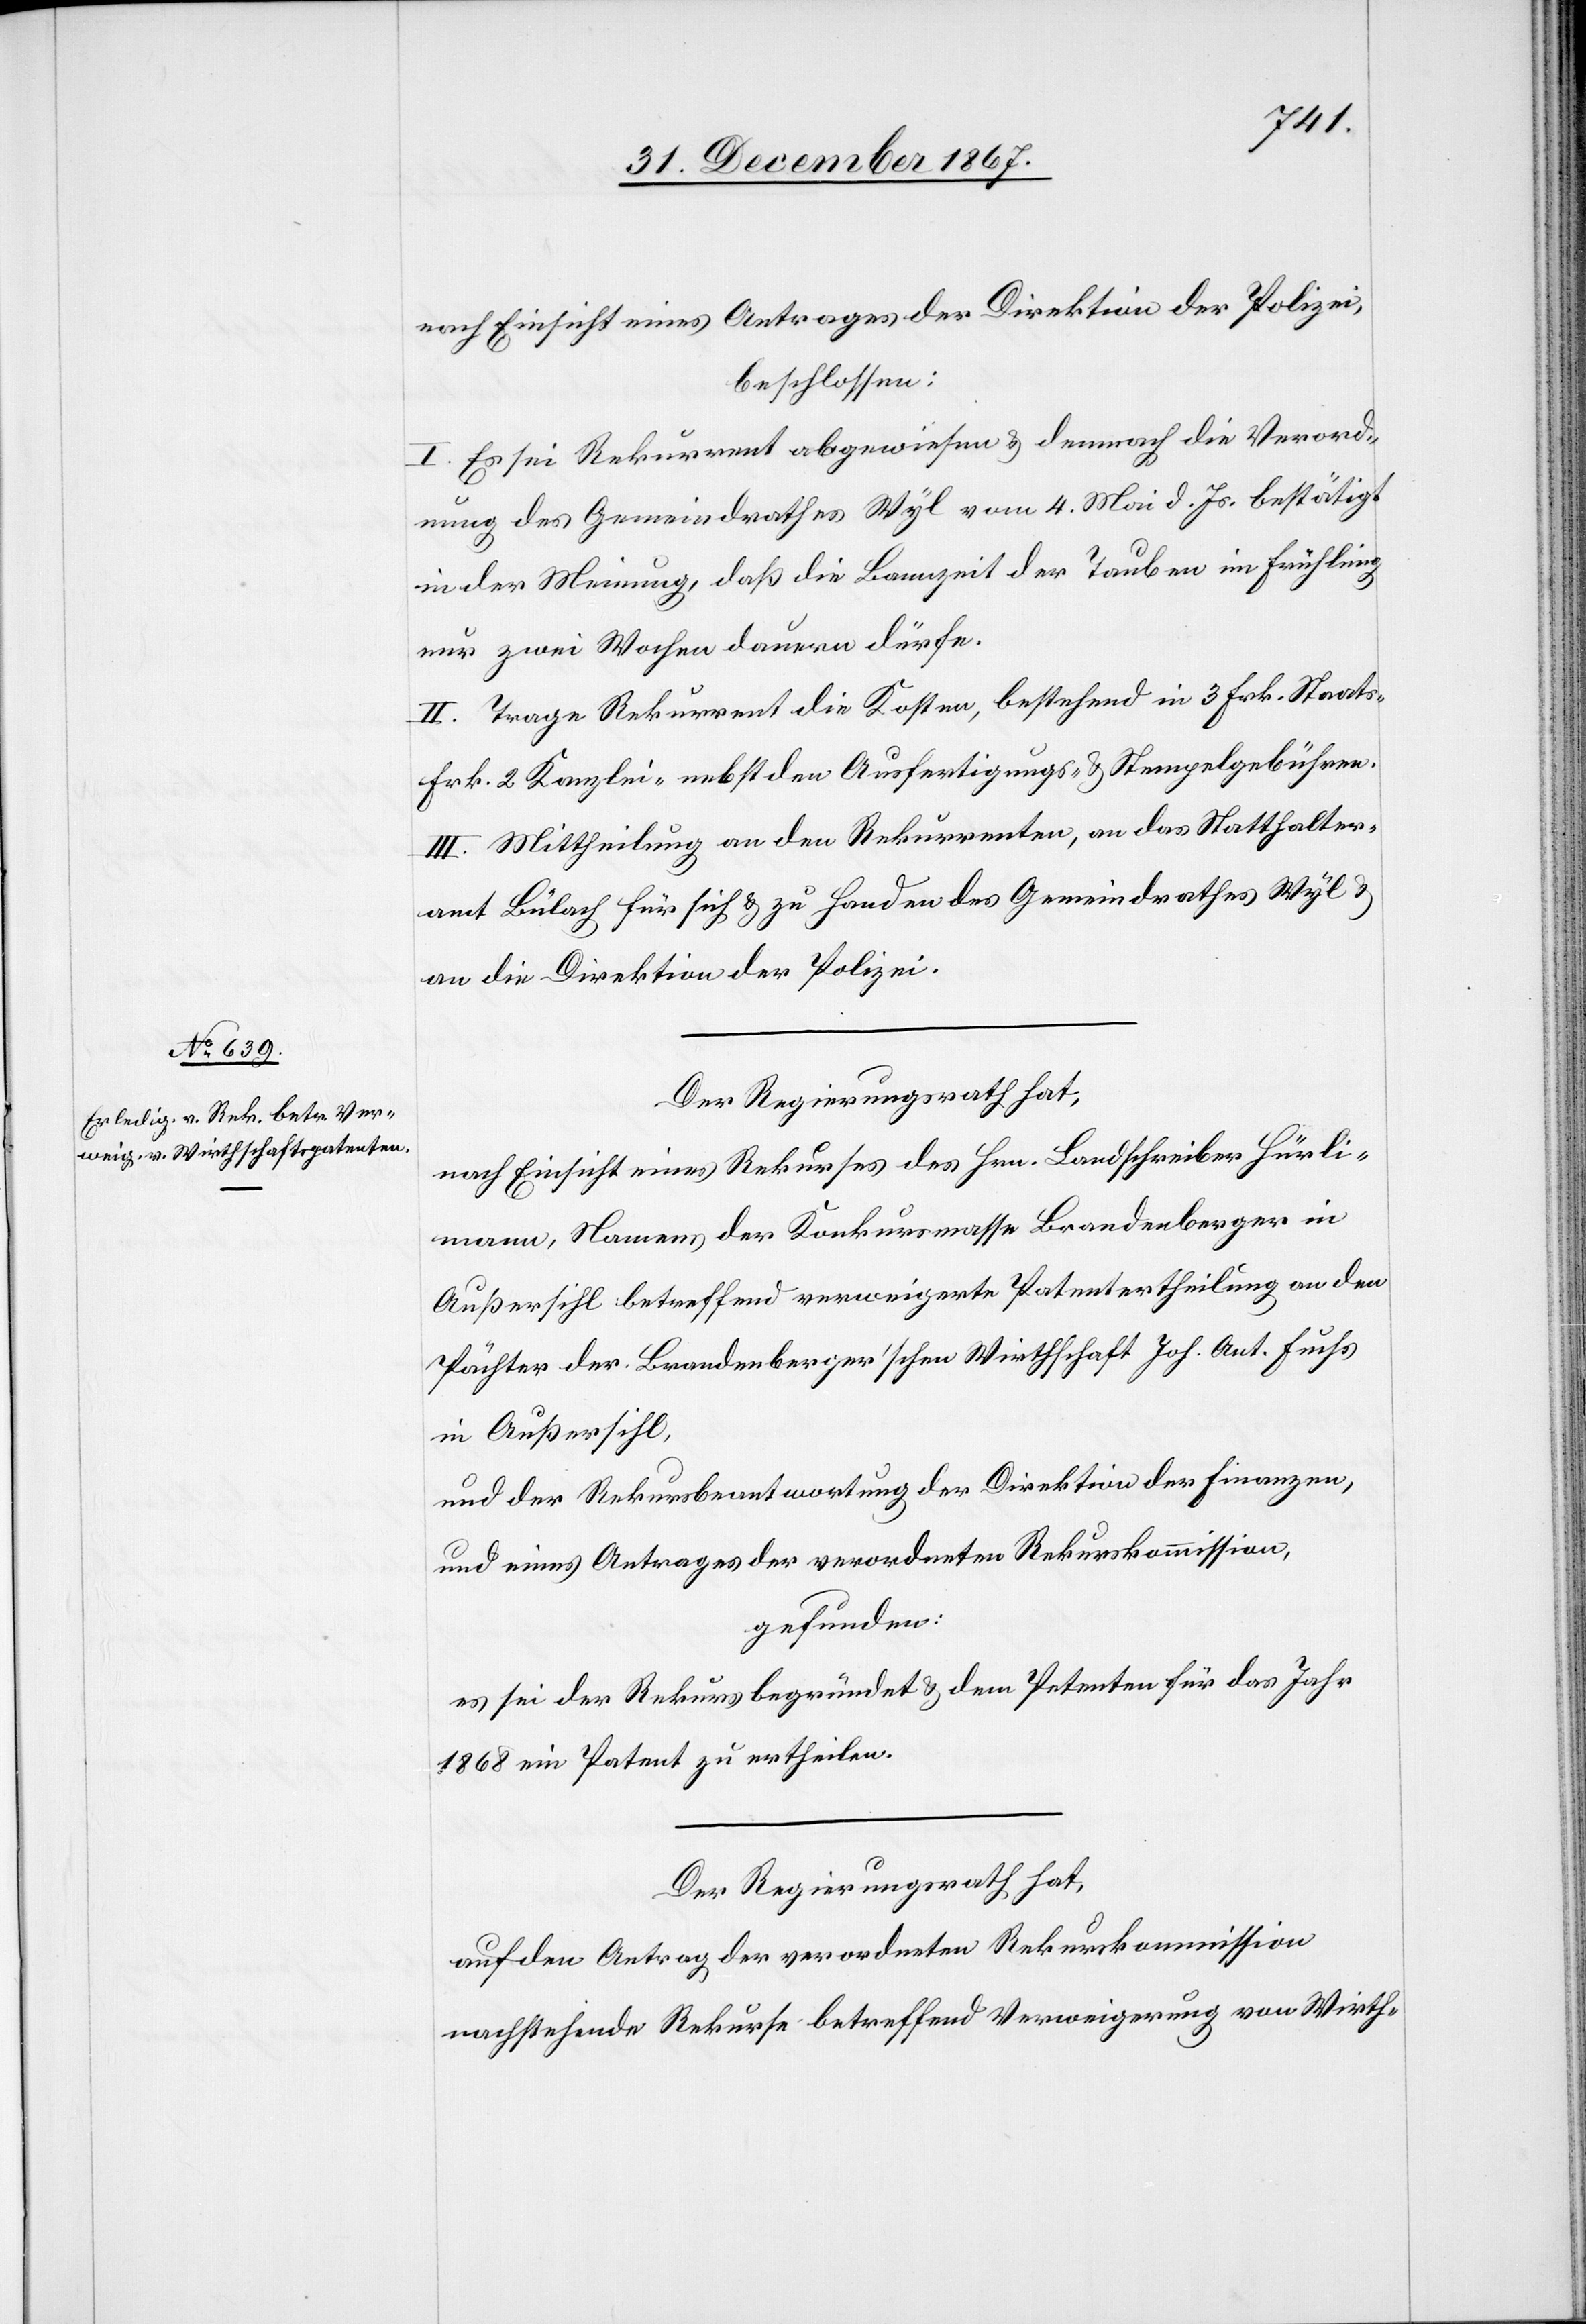
nach Einsicht eines Antrages des Hrn. Landschreiber Hürli¬
beschlossen:
I. Es sei Rekurrent abgewiesen u. demnach der Verord¬
nung des Gemeindrathes Wyl vom 4. Mai d. Js. bestätigt
in der Meinung, daß die Bannzeit der Tauben im Frühling
nur zwei Wochen dauern dürfe.
II. Trage Rekurrent die Kosten, bestehend in 3 Frk. Staat¬
s-[,] 2 Kanzlei- nebst den Ausfertigungs- u. Stempelgebühren.
III. Mittheilung an den Rekurrenten, an das Statthalter¬
amt Bülach für sich u. zu Handen des Gemeindrathes Wyl u.
an die Direktion der Polizei.
Der Regierungsrath hat,
mann, Namens der Konkursmasse Brandenberger in
Außersihl betreffend verweigerte Patentertheilung an den
Pächter der Brandeberger0schen Wirthschaft Joh. Art. Fuchs
in Außersihl,
und der Rekursbeantwortung der Direktion der Finanzen,
und eines Antrages der verordneten Rekurskommission,
gefunden:
es sei der Rekurs begründet u. dem Petenten für das Jahr
1868 ein Patent zu ertheilen.
Der Regierungsrath hat,
auf den Antrag der verordneten Rekurskommission
nachstehende Rekurse betreffend Verweigerung von Wirth-